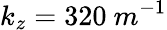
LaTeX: k_{z}=320\ m^{-1}